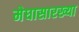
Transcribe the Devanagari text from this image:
मेघासारख्या